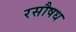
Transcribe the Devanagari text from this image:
रसौषध